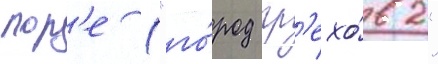
лор'е ("го́род гр'ехо́в 2"